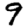
Digit: 9